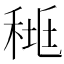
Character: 𥟯